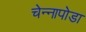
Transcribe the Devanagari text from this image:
चेन्‍नापोडा